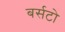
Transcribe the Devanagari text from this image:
बर्सटो